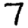
Digit: 7